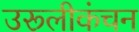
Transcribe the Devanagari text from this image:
उरूलीकंचन